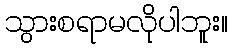
သွားစရာမလိုပါဘူး။